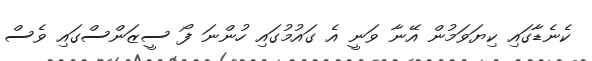
ކެނެޑާގައި ކިޔަވަމުން އޭނާ ވަނީ އެ ގައުމުގައި ހުންނަ ފޯ ސީޒަންސްގައި ވެސް